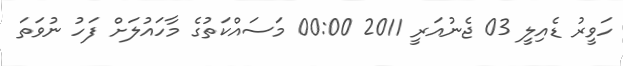
ހަވީރު ޑެއިލީ 03 ޖެނުއަރީ 2011 00:00 މަސައްކަތުގެ މާހައުލަށް ފަހު ނުވަތަ